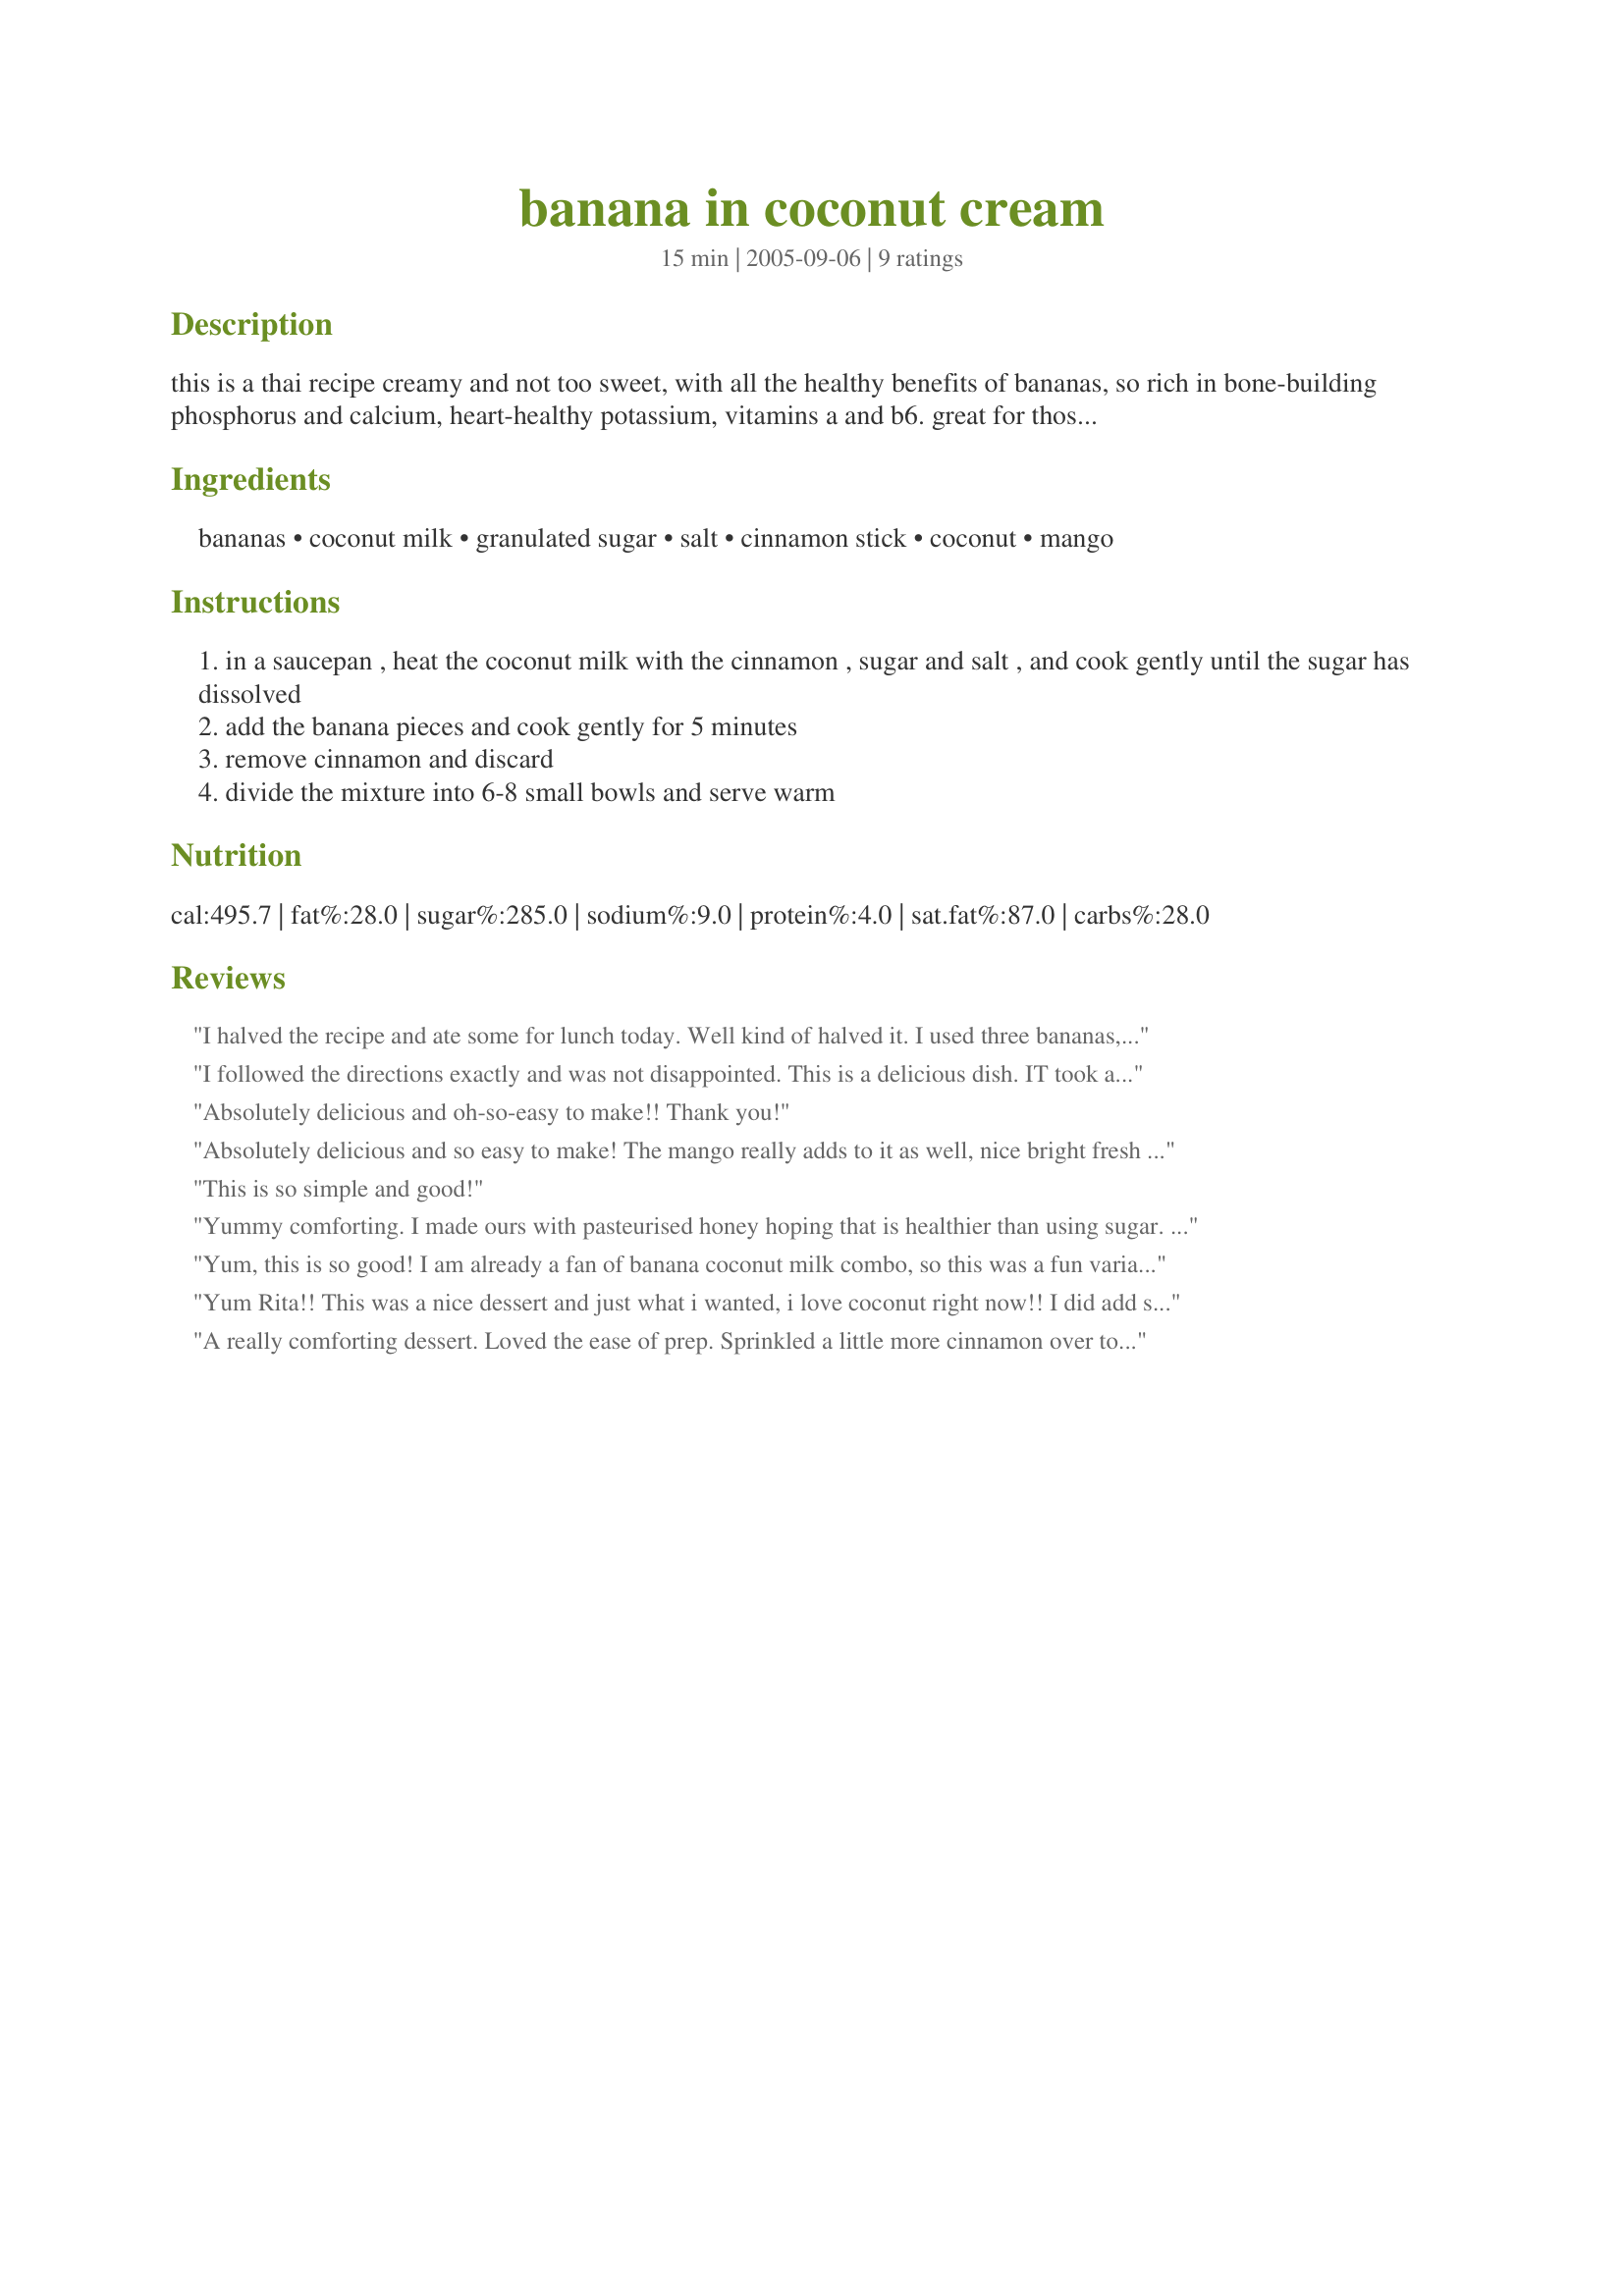
banana in coconut cream
Preparation time: 15 minutes

this is a thai recipe creamy and not too sweet, with all the healthy benefits of bananas, so rich in bone-building phosphorus and calcium, heart-healthy potassium, vitamins a and b6. great for those leg cramps!

Ingredients:
bananas, coconut milk, granulated sugar, salt, cinnamon stick, coconut, mango

Steps:
in a saucepan , heat the coconut milk with the cinnamon , sugar and salt , and cook gently until the sugar has dissolved
add the banana pieces and cook gently for 5 minutes
remove cinnamon and discard
divide the mixture into 6-8 small bowls and serve warm

Reviews:
I halved the recipe and ate some for lunch today. Well kind of halved it. I used three bananas, and I also reduced the amount of sugar. I used only one tablespoon for half the ingredients. (A simple taste preference; Australians generally don’t eat food as sweet as Americans do). I had some mango left over from when I made Paula G’s Mango Shake Recipe #96003 a few days ago, so I had mine with mango, topped with a spoon of yogurt. Sheer decadence! As if it needed to be any creamier! Just SO yummy. This recipe is one I know I will be making often because it is SO quick to make and oh SO delicious! I look forward to making it again, and to sharing it with others. Thanks, Rita, for another fabulous recipe!
I followed the directions exactly and was not disappointed. This is a delicious dish. IT took about 5 minutes to put together and another 5 to cook it. My husband and I absolutely loved it. The slight salty taste really went well with the sweetness of the sugar and the smooth, rich coconut milk. This is addictive. Thanks for a great, easy recipe!
Absolutely delicious and oh-so-easy to make!! Thank you!
Absolutely delicious and so easy to make! The mango really adds to it as well, nice bright fresh flavour. Totally making this again soon.
This is so simple and good!
Yummy comforting. I made ours with pasteurised honey hoping that is healthier than using sugar. My coconut milk was just a regular one from the grocery store. I used less sea salt and the cinnamon stick was cassia bark actually (the cheap stuff passed off as cinnamon here). I toasted the dried shredded coconut in a dry pan. I might make this again!!
Yum, this is so good! I am already a fan of banana coconut milk combo, so this was a fun variation! I enjoyed the addition of toasted coconut and did include mango, which added a nice bright flavor. Thanks for sharing! Veggie Swap 55
Yum Rita!! This was a nice dessert and just what i wanted, i love coconut right now!! I did add some vanilla and butter flavorings, and just wonderful.
A really comforting dessert. Loved the ease of prep. Sprinkled a little more cinnamon over top at serving.
